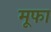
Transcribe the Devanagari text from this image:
मूफा